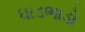
ધાડભાડો